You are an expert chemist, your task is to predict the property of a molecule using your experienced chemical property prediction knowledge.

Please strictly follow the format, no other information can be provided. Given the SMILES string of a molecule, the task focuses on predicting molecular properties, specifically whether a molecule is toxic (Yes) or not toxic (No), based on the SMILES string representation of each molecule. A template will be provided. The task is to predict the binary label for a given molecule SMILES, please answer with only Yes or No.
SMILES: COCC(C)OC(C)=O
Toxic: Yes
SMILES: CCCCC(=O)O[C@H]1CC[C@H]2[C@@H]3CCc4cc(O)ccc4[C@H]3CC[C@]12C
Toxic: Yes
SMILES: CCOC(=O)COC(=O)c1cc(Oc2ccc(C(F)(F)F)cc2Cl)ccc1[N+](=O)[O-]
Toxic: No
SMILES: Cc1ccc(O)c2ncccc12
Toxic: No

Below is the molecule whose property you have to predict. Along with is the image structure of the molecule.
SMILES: CN(C)CCc1c[nH]c2cccc(OP(=O)(O)O)c12
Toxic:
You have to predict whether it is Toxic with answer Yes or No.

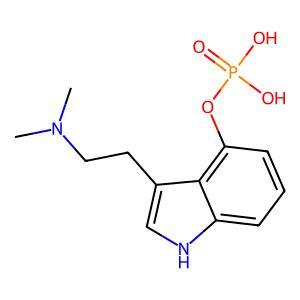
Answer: No